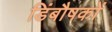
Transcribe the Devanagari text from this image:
डिंबौषकों